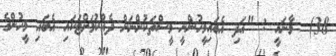
38)  މާނައީ : "އަދި އެބައިމީހުންނީ މީސްތަކުންނަށް ދެއްކުމަށްޓަކައި އެބައި މީހުންގެ